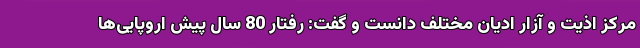
مرکز اذیت و آزار ادیان مختلف دانست و گفت: رفتار 80 سال پیش اروپایی‌ها